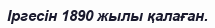
Іргесін 1890 жылы қалаған.